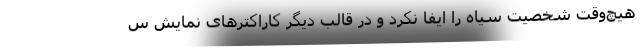
هیچ‌وقت شخصیت سیاه را ایفا نکرد و در قالب دیگر کاراکترهای نمایش س